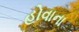
હોવાના